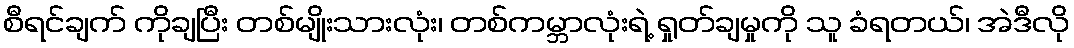
စီရင်ချက် ကိုချပြီး တစ်မျိုးသားလုံး၊ တစ်ကမ္ဘာလုံးရဲ့ ရှုတ်ချမှုကို သူ ခံရတယ်၊ အဲဒီလို